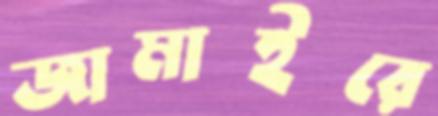
জামাইরে